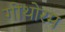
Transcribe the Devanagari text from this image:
गोथोरम